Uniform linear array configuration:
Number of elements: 8
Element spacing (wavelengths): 1
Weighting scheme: exponential
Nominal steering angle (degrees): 45
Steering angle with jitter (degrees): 44.316
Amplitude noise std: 0.05
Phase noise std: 0.05

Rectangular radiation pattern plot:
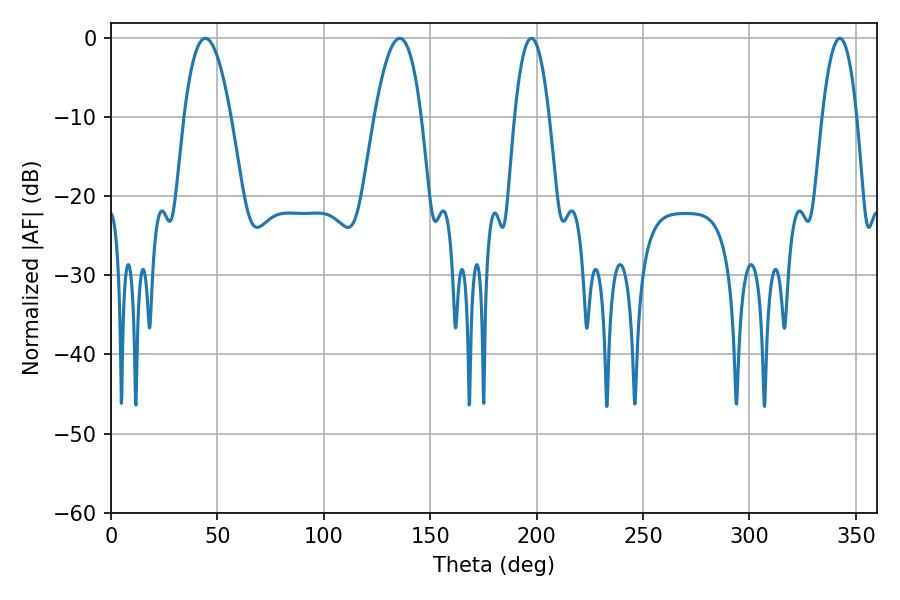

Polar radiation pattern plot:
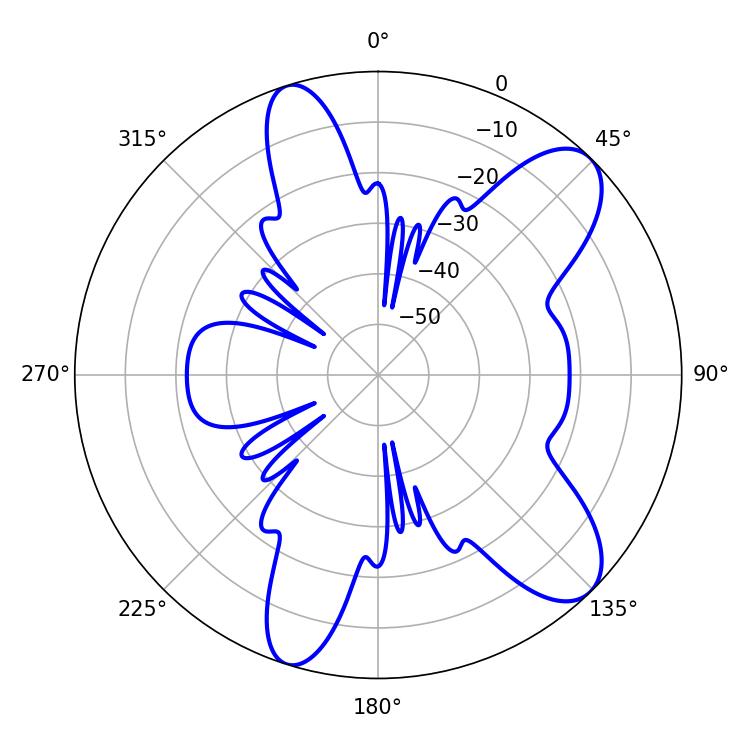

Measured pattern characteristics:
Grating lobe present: TRUE
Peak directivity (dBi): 9.605
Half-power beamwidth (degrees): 12.24
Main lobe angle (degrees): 44.28